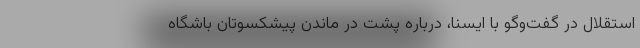
استقلال در گفت‌وگو با ایسنا، درباره پشت در ماندن پیشکسوتان باشگاه